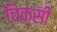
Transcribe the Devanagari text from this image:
चिक्सी